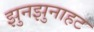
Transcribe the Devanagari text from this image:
झुनझुनाहट